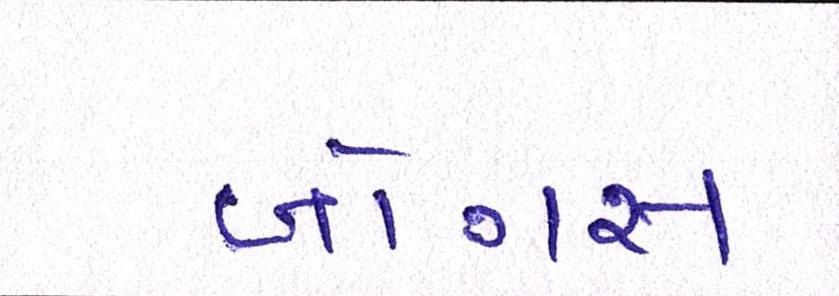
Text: બોગસ